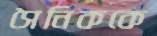
সৈনিককে